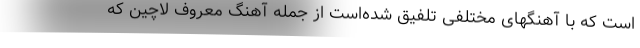
است که با آهنگهای مختلفی تلفیق شده‌است از جمله آهنگ معروف لاچین که